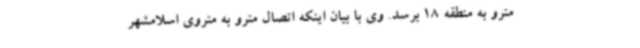
مترو به منطقه 18 برسد. وی با بیان اینکه اتصال مترو به متروی اسلامشهر